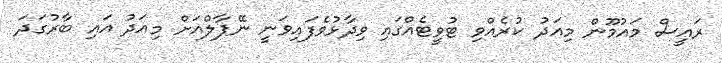
ރައީސް މައުމޫން މިއަދު ކުރެއްވި ޓުވީޓެއްގައި ވިދާޅުވެފައިވަނީ ނޭޕާލްއަށް މިއަދު އައި ބާރުގަދަ